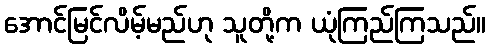
အောင်မြင်လိမ့်မည်ဟု သူတို့က ယုံကြည်ကြသည်။